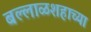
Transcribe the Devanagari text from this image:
बल्लाळशहाच्या